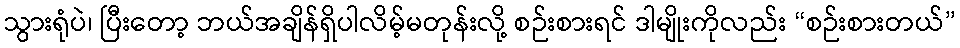
သွားရုံပဲ၊ ပြီးတော့ ဘယ်အချိန်ရှိပါလိမ့်မတုန်းလို့ စဉ်းစားရင် ဒါမျိုးကိုလည်း “စဉ်းစားတယ်”